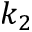
k _ { 2 }